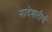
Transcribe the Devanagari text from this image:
नादेशतीर्थ